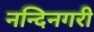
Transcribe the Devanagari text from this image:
नन्दिनगरी